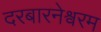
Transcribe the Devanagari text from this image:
दरबारनेश्वरम